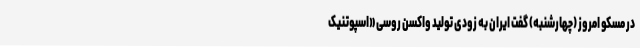
در مسکو امروز (چهارشنبه) گفت ایران به زودی تولید واکسن روسی «اسپوتنیک